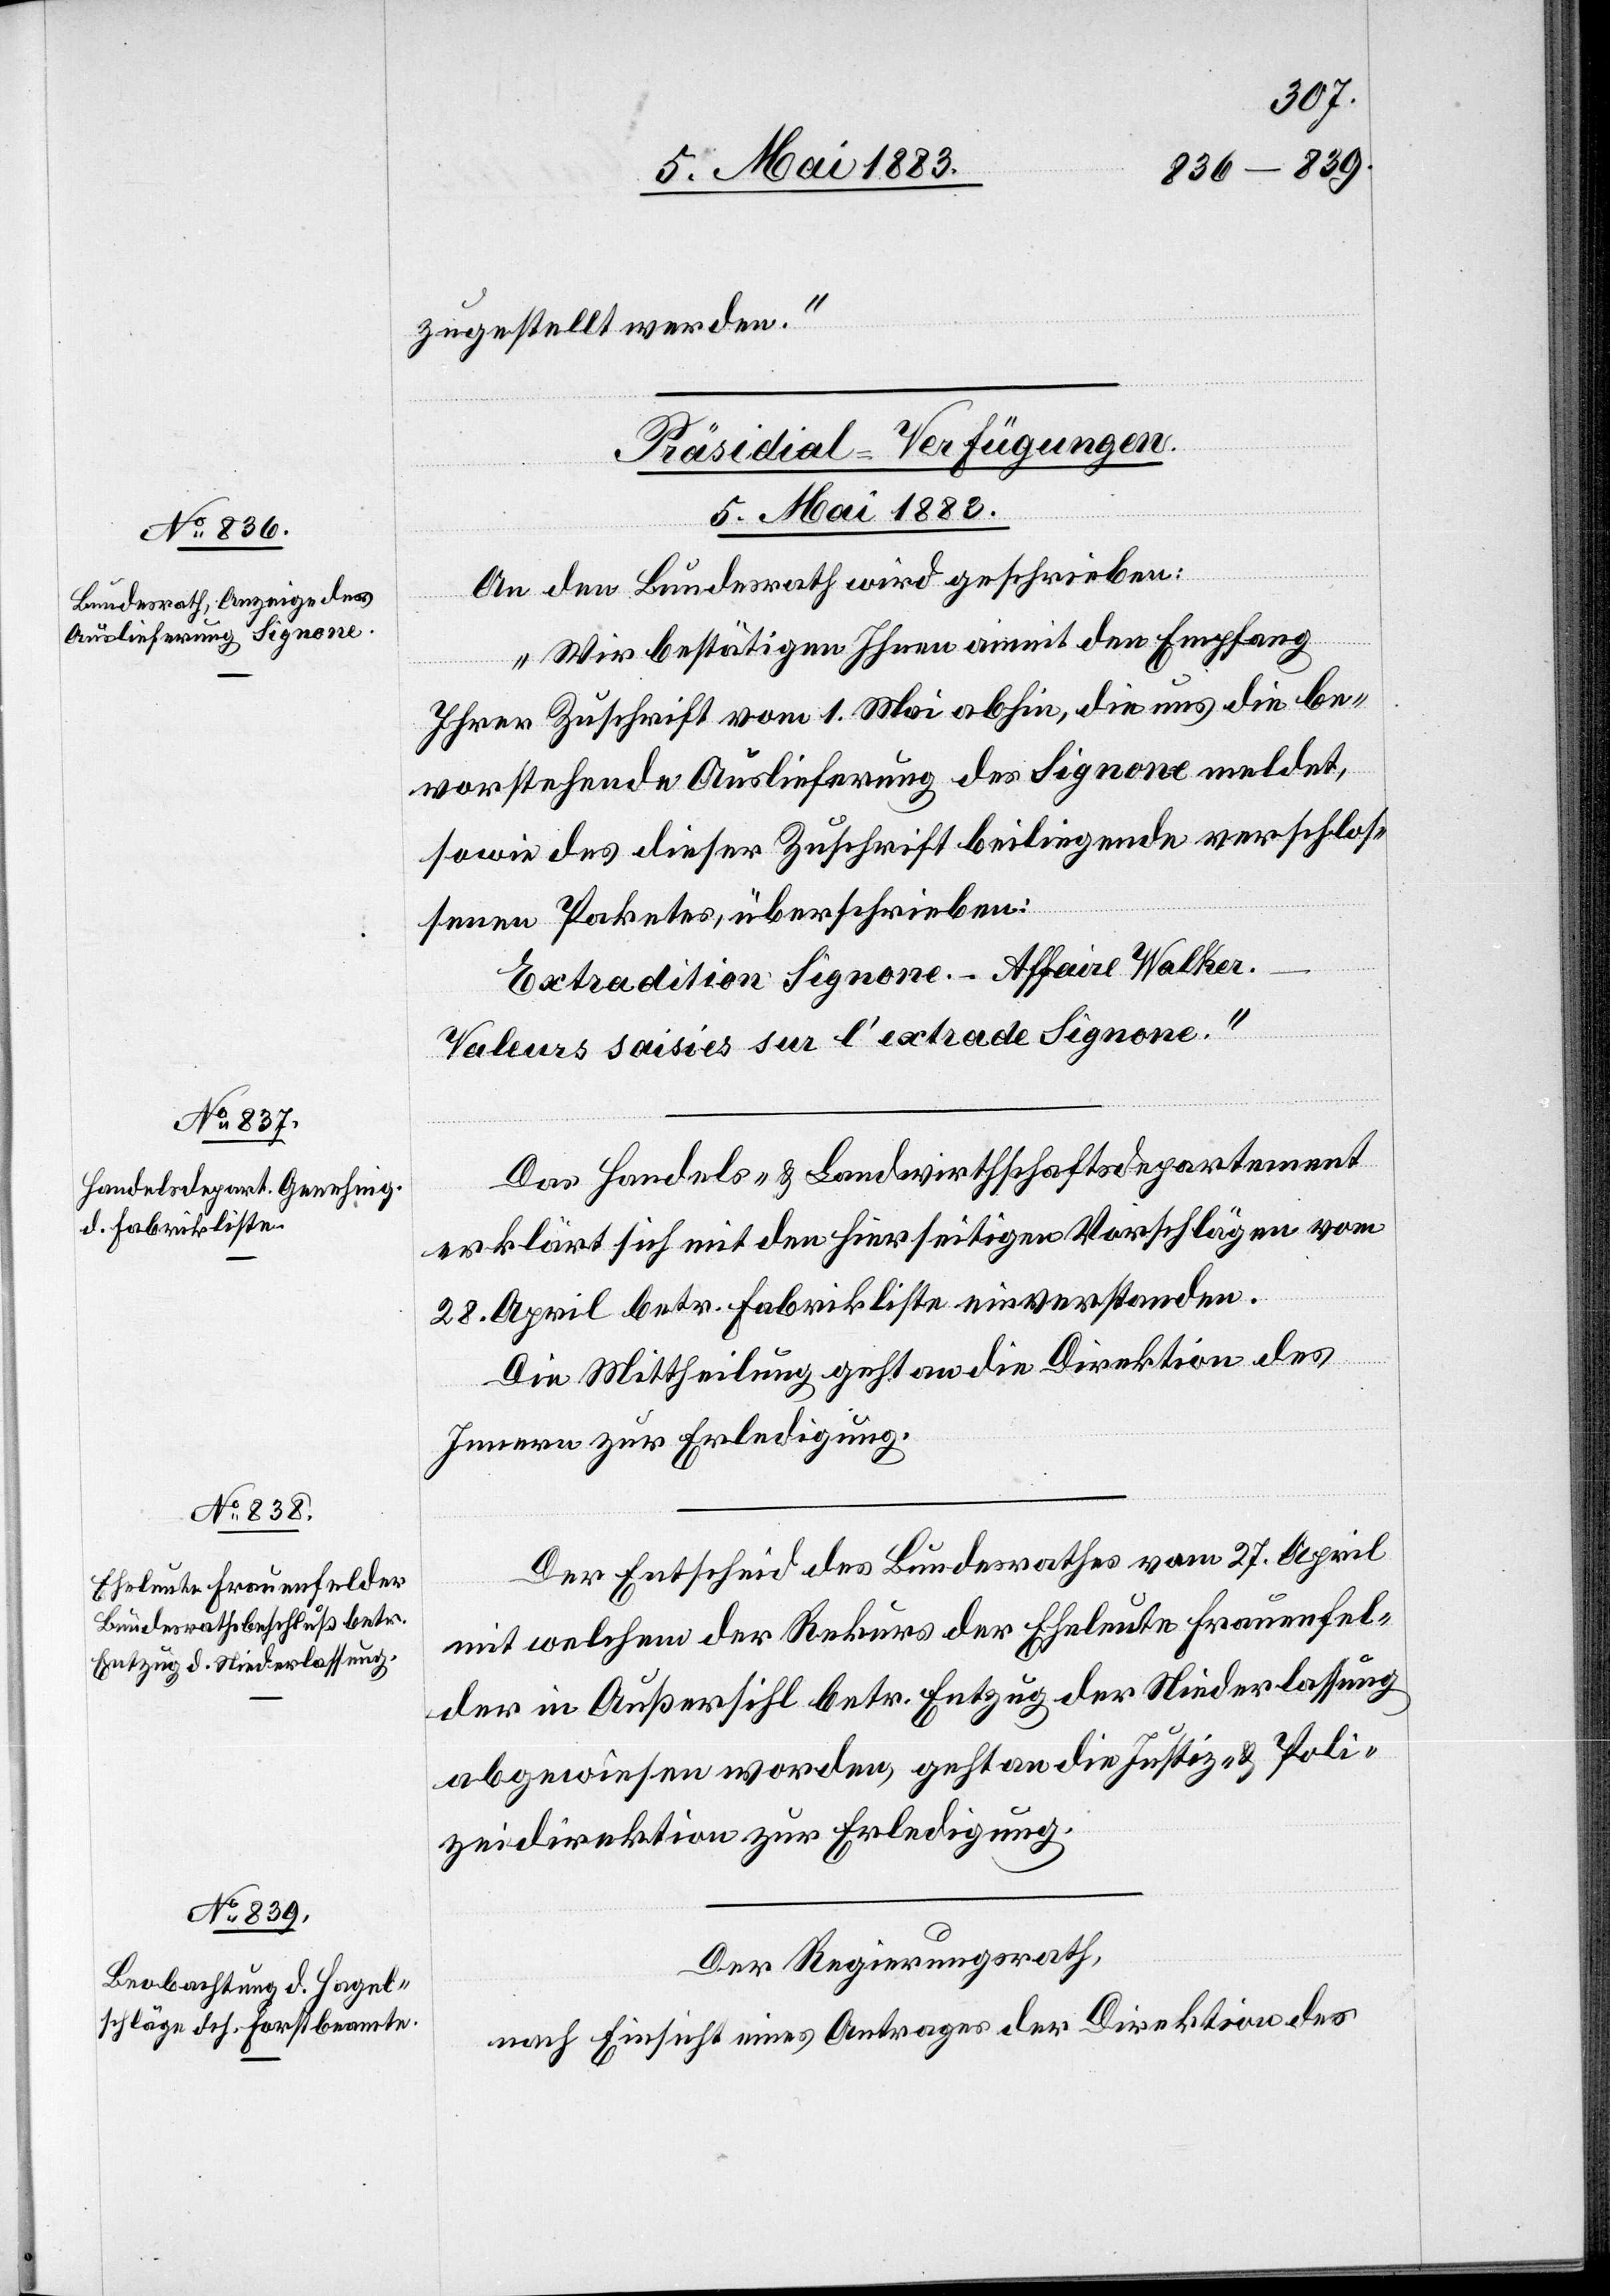
5. Mai 1883.]
zugestellt werden.“
[Präsidial-Verfügungen.
5. Mai 1883.
An den Bundesrath wird geschrieben:
„Wir bestätigen Ihnen anmit den Empfang
Ihrer Zuschrift vom 1. Mai abhin, die uns die be¬
vorstehende Auslieferung des Signone meldet,
sowie des dieser Zuschrift beiliegende verschlos¬
sene Paketes, überschrieben:
Extradition Signone – Affaire Walker.
Valeurs saisies sur l’extrade Signone.“
Das Handels- & Landwirthschaftsdepartement
erklärt sich mit den hierseitigen Vorschlägen vom
28. April betr. Fabrikliste einverstanden.
Die Mittheilung geht an die Direktion des
Innern zur Erledigung.
Der Entscheid des Bundesrathes vom 27. April
mit welchem der Rekurs der Eheleute Frauenfel¬
der in Außersihl betr. Entzug der Niederlassung
abgewiesen worden, geht an die Justiz- & Poli¬
zeidirektion zur Erledigung.
Der Regierungsrath,
nach Einsicht eines Antrages der Direktion des